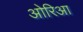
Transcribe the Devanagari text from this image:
ओरिआ